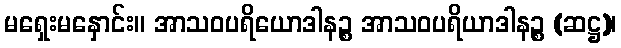
မရှေးမနှောင်း။ အာသဝပရိယောဒါနဉ္စ အာသဝပရိယာဒါနဉ္စ (ဆဋ္ဌ)၊